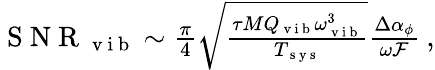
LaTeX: \begin{array}{r}{\mathrm{~S~N~R~}_{\mathrm{~v~i~b~}}\sim\frac{\pi}{4}\sqrt{\frac{\tau MQ_{\mathrm{~v~i~b~}}\omega_{\mathrm{~v~i~b~}}^{3}}{T_{\mathrm{~s~y~s~}}}}\frac{\Delta\alpha_{\phi}}{\omega\mathcal{F}}\: ,}\end{array}